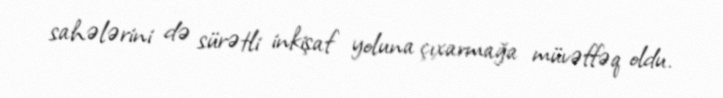
sahələrini də sürətli inkişaf yoluna çıxarmağa müvəffəq oldu.